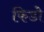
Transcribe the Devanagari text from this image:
फिडो